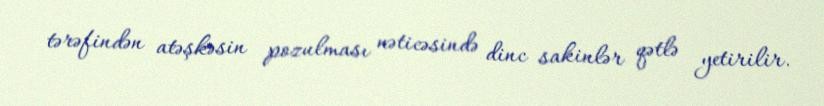
tərəfindən atəşkəsin pozulması nəticəsində dinc sakinlər qətlə yetirilir.